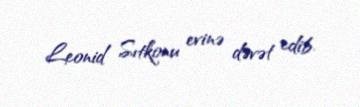
Leonid Sıtkonu evinə dəvət edib.